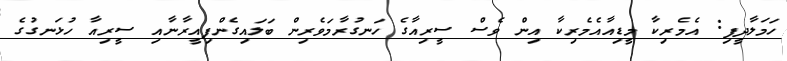
ހަމަލާދީފި: އެމެރިކާ މީޑިއާއެމެރިކާ އިން ވެސް ސީރިއާގެ ހަނގުރާމަވެރިން ބަލައިގެންފިއީރާނާއި ސީރިއާ ހުޅަނގުގެ